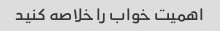
اهمیت خواب را خلاصه کنید